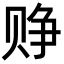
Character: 𬥷